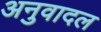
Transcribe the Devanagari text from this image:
अनुवादल